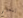
يتعلم